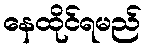
နေထိုင်ရမည်